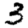
Digit: 3